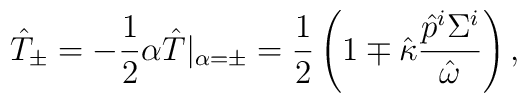
\hat{T}_{\pm}=-\frac{1}{2}\alpha\hat{T}|_{\alpha=\pm}=\frac{1}{2}\left(1\mp\hat{\kappa}\frac{\hat{p}^i\Sigma^i}{\hat{\omega}}\right),